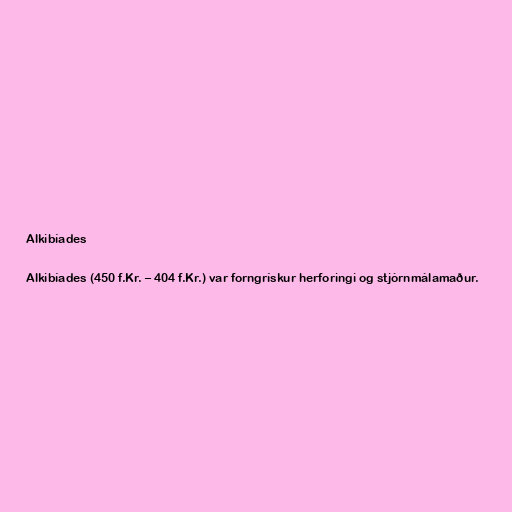
Alkibíades

Alkibíades (450 f.Kr. – 404 f.Kr.) var forngrískur herforingi og stjórnmálamaður.